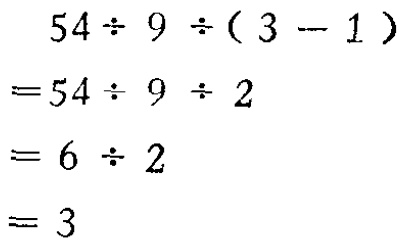
\[

\begin{align*}

&54\div9\div(3 - 1)\\

=&54\div9\div2\\

=&6\div2\\

=&3

\end{align*}

\]